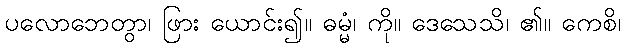
ပလောဘေတွာ၊ ဖြား ယောင်း၍။ ဓမ္မံ၊ ကို။ ဒေသေသိ၊ ၏။ ကေစိ၊